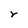
Character: r